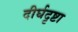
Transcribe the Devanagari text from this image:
दीर्घदृष्टा